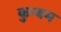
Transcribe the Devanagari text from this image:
कुन्थम